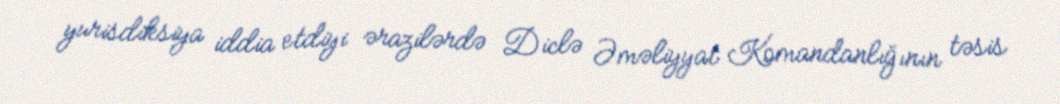
yurisdiksiya iddia etdiyi ərazilərdə Diclə Əməliyyat Komandanlığının təsis